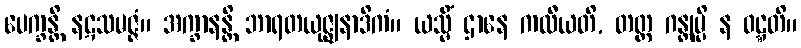
ပေက္ခန္တိ နဋသမဇ္ဇံ။ အက္ခာနန္တိ ဘာရတယုဇ္ဈနာဒိကံ။ ယသ္မိံ ဌာနေ ကထီယတိ, တတ္ထ ဂန္တုမ္ပိ န ဝဋ္ဋတိ။